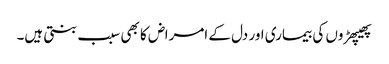
پھیپھڑوں کی بیماری اور دل کے امراض کا بھی سبب بنتی ہیں۔